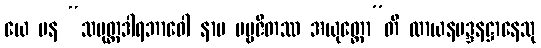
ယေ ပန “သပုတ္တဒါရဘာဝေါ နာမ ပဗ္ဗဇိတဿ အယုတ္တော”တိ လာယနမဒ္ဒနဋ္ဌာနေသု